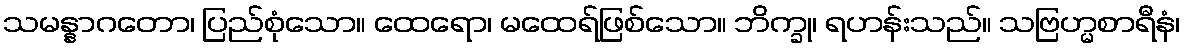
သမန္နာဂတော၊ ပြည်စုံသော။ ထေရော၊ မထေရ်ဖြစ်သော။ ဘိက္ခု၊ ရဟန်းသည်။ သဗြဟ္မစာရီနံ၊